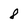
Character: 8